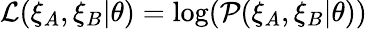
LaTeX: \mathcal{L}(\xi_{A},\xi_{B}|\theta)=\log(\mathcal{P}(\xi_{A},\xi_{B}|\theta))